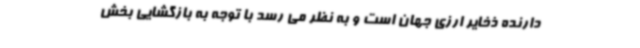
دارنده ذخایر ارزی جهان است و به نظر می رسد با توجه به بازگشایی بخش